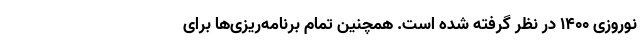
نوروزی ۱۴۰۰ در نظر گرفته شده است. همچنین تمام برنامه‌ریزی‌ها برای